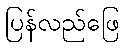
ပြန်လည်ဖြေ